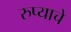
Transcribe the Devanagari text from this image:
रुप्याचे